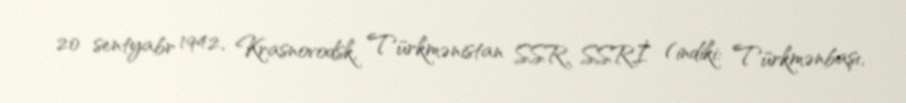
20 sentyabr 1942, Krasnovodsk, Türkmənistan SSR, SSRİ (indiki: Türkmənbaşı,